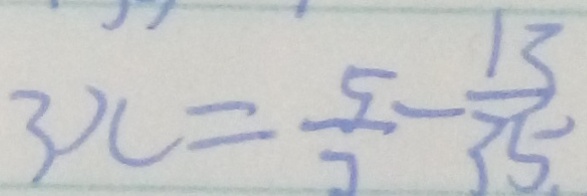
3 x = \frac { 5 } { 7 } - \frac { 1 3 } { 3 5 . }